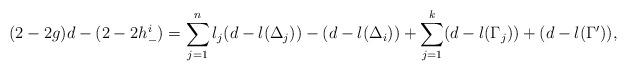
LaTeX: \begin{align*}(2-2g)d-(2-2h^i_-)=\sum_{j=1}^{n}l_j(d-l(\Delta_j))-(d-l(\Delta_i))+\sum_{j=1}^{k}(d-l(\Gamma_j))+(d-l(\Gamma^{\prime})),\end{align*}